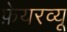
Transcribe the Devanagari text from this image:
फ़ेयरव्यू